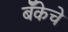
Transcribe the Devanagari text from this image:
बॅँकेचे